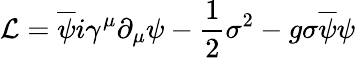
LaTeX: {\cal L}=\overline{{{\psi}}}i\gamma^{\mu}\partial_{\mu}\psi-\frac{1}{2}{\sigma}^{2}-g\sigma\overline{{{\psi}}}\psi